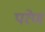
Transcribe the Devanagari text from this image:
परेण